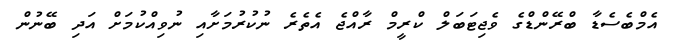
އެމްބެސެޑާ ބްރޭންޑްގެ ވެޖިޓަބަލް ކްރީމް ރާއްޖެ އެތެރެ ނުކުރުމަށާއި ނުވިއްކުމަށް އަދި ބޭނުން